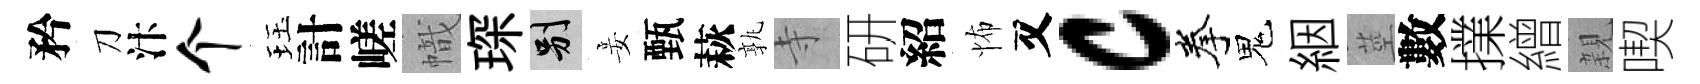
矜刀汴个珏計嵯幟琛别妾甄萩孰寺研紹怖又c拳鬼絪莖數擈繒親喫